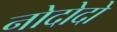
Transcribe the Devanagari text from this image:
नोदोदो